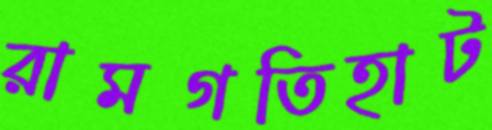
রামগতিহাট